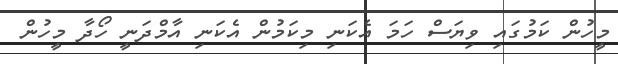
މީހުން ކަމުގައި ވިޔަސް ހަމަ އެކަނި މިކަމުން އެކަނި އާމްދަނީ ހޯދާ މީހުން